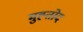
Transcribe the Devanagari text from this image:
मुह्तोद